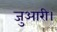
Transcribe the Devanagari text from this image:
जुआरी।